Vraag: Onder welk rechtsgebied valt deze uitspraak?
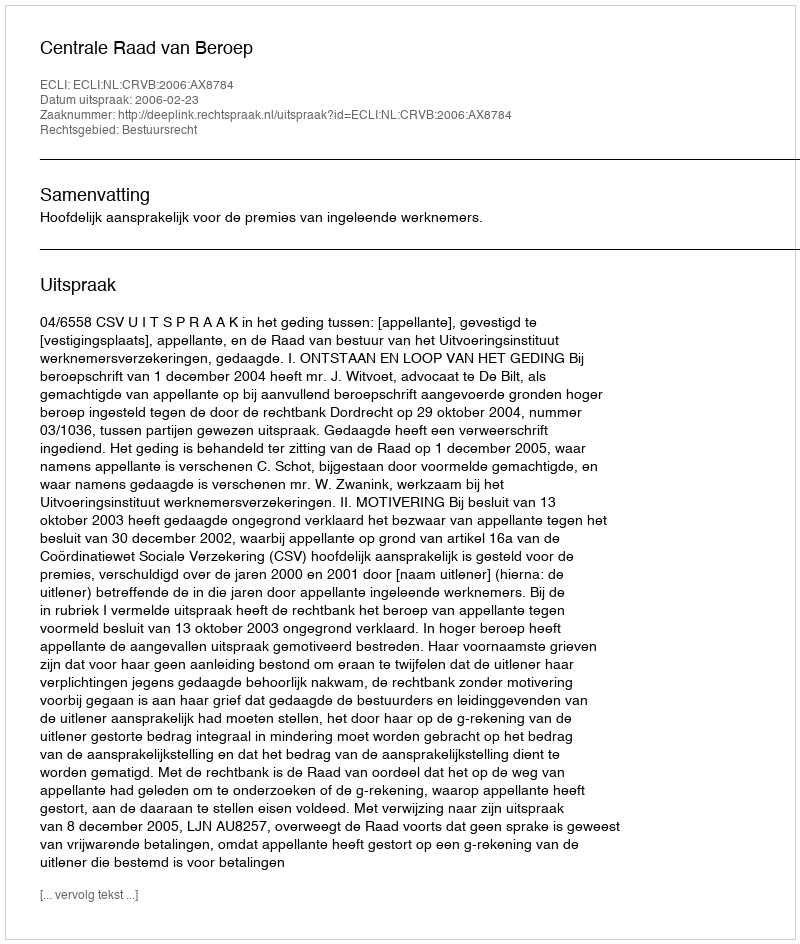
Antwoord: Bestuursrecht